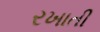
રખાતી